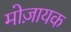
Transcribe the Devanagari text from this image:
मोज़ायक